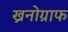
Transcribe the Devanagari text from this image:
ख्रनोग्राफ